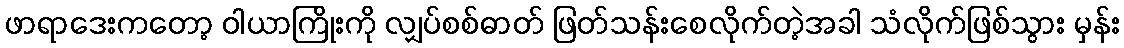
ဖာရာဒေးကတော့ ဝါယာကြိုးကို လျှပ်စစ်ဓာတ် ဖြတ်သန်းစေလိုက်တဲ့အခါ သံလိုက်ဖြစ်သွား မှန်း